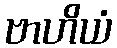
ဗာဟိယံ